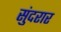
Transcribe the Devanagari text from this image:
सुंदरार